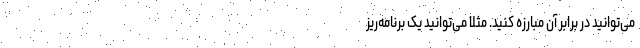
می‌توانید در برابر آن مبارزه کنید. مثلاً می‌توانید یک برنامه‌ریز